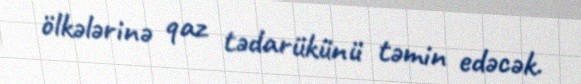
ölkələrinə qaz tədarükünü təmin edəcək.